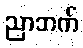
ညာဘက်